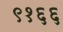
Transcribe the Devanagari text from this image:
९१६६